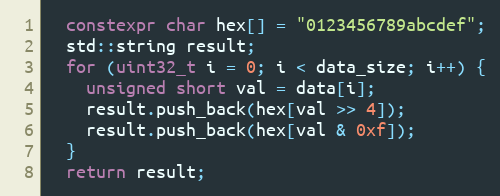
Language: C++
  constexpr char hex[] = "0123456789abcdef";
  std::string result;
  for (uint32_t i = 0; i < data_size; i++) {
    unsigned short val = data[i];
    result.push_back(hex[val >> 4]);
    result.push_back(hex[val & 0xf]);
  }
  return result;